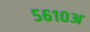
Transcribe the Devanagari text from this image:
५६१०अ